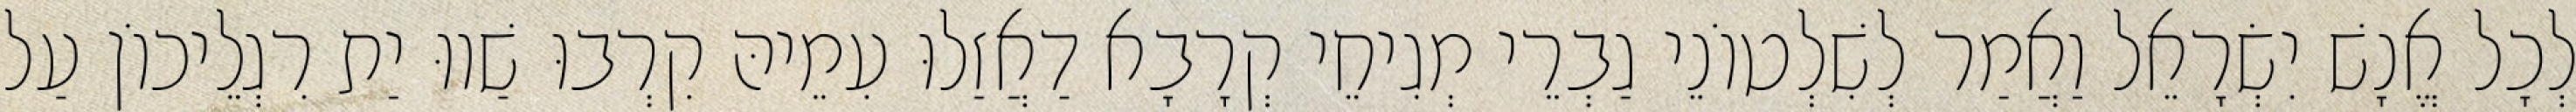
לְכָל אֱנָשׁ יִשְׂרָאֵל וַאֲמַר לְשִׁלְטוֹנֵי גַבְרֵי מְגִיחֵי קְרָבָא דַאֲזַלוּ עִמֵיהּ קִרְבוּ שַׁווּ יַת רִגְלֵיכוֹן עַל